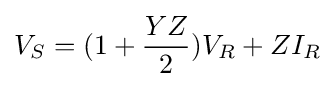
V_{S}=(1+{\frac {YZ}{2}})V_{R}+ZI_{R}